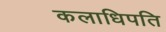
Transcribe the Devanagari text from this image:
कलाधिपति